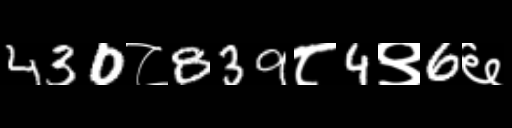
Text: 430८839८4९6६